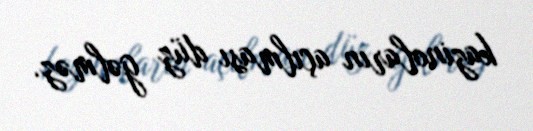
kazinoların açılması düz gəlməz.